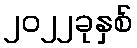
၂၀၂၂ခုနှစ်